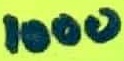
Text: 1000